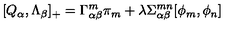
[ Q _ { \alpha } , \Lambda _ { \beta } ] _ { + } = \Gamma _ { \alpha \beta } ^ { m } \pi _ { m } + \lambda \Sigma _ { \alpha \beta } ^ { m n } [ \phi _ { m } , \phi _ { n } ]